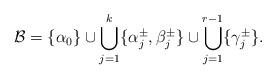
LaTeX: \begin{align*}\mathcal B=\{\alpha_0\} \cup \bigcup_{j=1}^k\{\alpha_j^\pm,\beta_j^\pm \} \cup \bigcup_{j=1}^{r-1} \{\gamma_j^\pm\}.\end{align*}